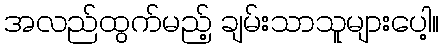
အလည်ထွက်မည့် ချမ်းသာသူများပေါ့။